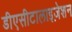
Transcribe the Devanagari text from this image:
डीएसीटालाइज़ेशन